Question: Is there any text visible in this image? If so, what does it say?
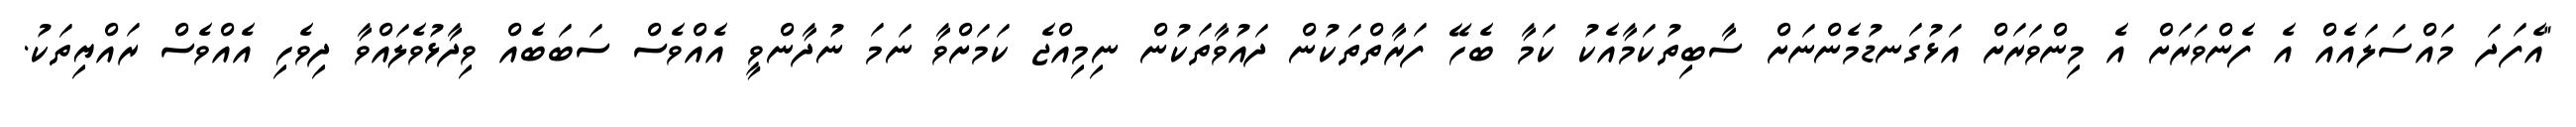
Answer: "އެފަދަ މައްސަލައެއް އެ ފެންވަރަށް އެ މިންވަރަށް އަޅުގަނޑުމެންނަށް ސާބިތުކަމާއެކު ކަމާ ބެހޭ ފަރާތްތަކުން ދައުވާތަކުން ނިމިއްޖެ ކަމަށްވާ ނަމަ ނުދާންވީ އެއްވެސް ސަބަބެއް ވިދާޅުވެލައްވާ ދިވެހި އެއްވެސް ރައްޔިތަކު.